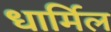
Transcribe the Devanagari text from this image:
धार्मिल